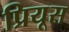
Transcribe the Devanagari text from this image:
प्रियूस